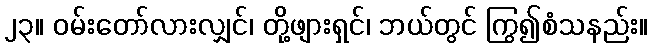
၂၃။ ဝမ်းတော်လားလျှင်၊ တို့ဖျားရှင်၊ ဘယ်တွင် ကြွ၍စံသနည်း။